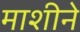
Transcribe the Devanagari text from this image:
माशीने